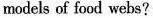
models of food webs?